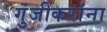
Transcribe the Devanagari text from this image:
गुंजीकरांना